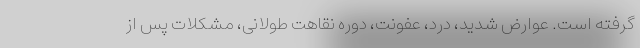
گرفته است. عوارض شدید، درد، عفونت، دوره نقاهت طولانی، مشکلات پس از